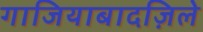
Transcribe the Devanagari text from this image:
गाजियाबादज़िले